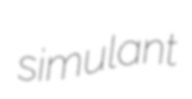
simulant